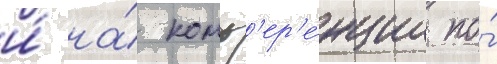
и́ на́ конф'ер'е́нции по́